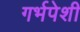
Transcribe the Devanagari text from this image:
गर्भपेशी